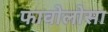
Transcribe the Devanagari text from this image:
फावोलोसा